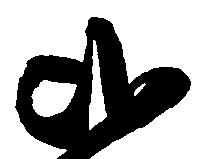
弐